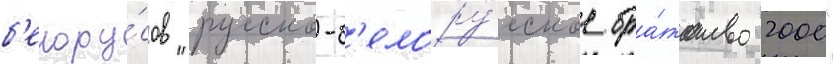
б'елору́сов "русско-б'елору́сское бра́тство 2000"